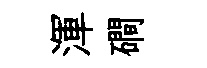
渾磵